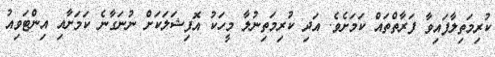
ކުރިމަތިލާފައިވާ ފަރާތްތައް ކަމަށެވެ. އަދި ކުރިމަތިނުލާ މީހަކު އޮފިޝަލަކަށް ނުނަގާނެ ކަމަށާއި އިންޓަވިއު